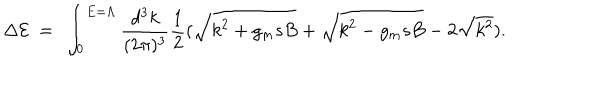
LaTeX: \Delta { \cal E } ~ = ~ \int _ { 0 } ^ { E = \Lambda } { \frac { d ^ { 3 } k } { ( 2 \pi ) ^ { 3 } } } { \frac { 1 } { 2 } } ( \sqrt { k ^ { 2 } + g _ { m } s B } + \sqrt { k ^ { 2 } - g _ { m } s B } - 2 \sqrt { k ^ { 2 } } ) .